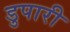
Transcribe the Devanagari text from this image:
डुपारी